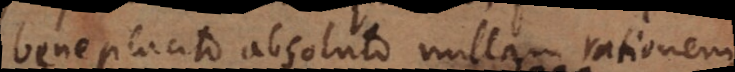
beneplacito absoluto nullam rationem